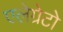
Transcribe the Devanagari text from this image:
एलेग्रेटो